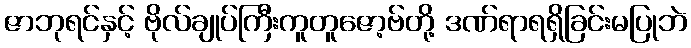
ဇာဘုရင်နှင့် ဗိုလ်ချုပ်ကြီးကူတူဇော့ဗ်တို့ ဒဏ်ရာရရှိခြင်းမပြုဘဲ